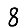
Digit: 8